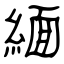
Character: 緬